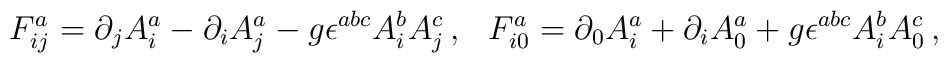
F_{ij}^a=\partial_jA_i^a-\partial_iA_j^a-g{\epsilon}^{abc}A_i^bA_j^c\,,\;\;\,F_{i0}^a=\partial_0A_i^a+\partial_iA_0^a+g{\epsilon}^{abc}A_i^bA_0^c\,,